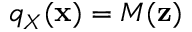
q _ { X } ( \mathbf { x } ) = M ( \mathbf { z } )